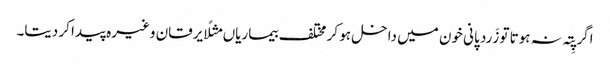
اگر پِتہ نہ ہوتا تو زَرد پانی خون میں داخل ہو کر مختلف بیماریاں مثلًا یرقان وغیرہ پیدا کر دیتا۔